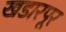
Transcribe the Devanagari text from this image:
खडारपूर